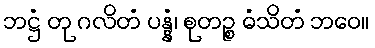
ဘဋ္ဌံ တု ဂလိတံ ပန္နံ၊ စုတဉ္စ ဓံသိတံ ဘဝေ။